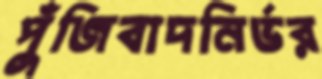
পুঁজিবাদনির্ভর